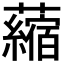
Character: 𧃴